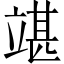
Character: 𥪘